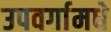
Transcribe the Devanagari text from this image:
उपवर्गामधे